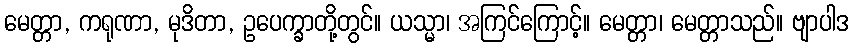
မေတ္တာ, ကရုဏာ, မုဒိတာ, ဥပေက္ခာတို့တွင်။ ယသ္မာ၊ အကြင်ကြောင့်။ မေတ္တာ၊ မေတ္တာသည်။ ဗျာပါဒ